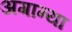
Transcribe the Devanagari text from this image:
अगान्या